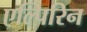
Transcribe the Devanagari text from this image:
एल्पिरिन